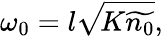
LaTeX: \omega_{0}=l\sqrt{\! K\widetilde{n_{0}}},